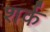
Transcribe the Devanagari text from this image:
शर्क